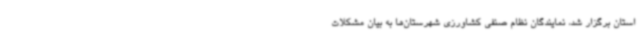
استان برگزار شد، نمایندگان نظام صنفی کشاورزی شهرستان‌ها به بیان مشکلات